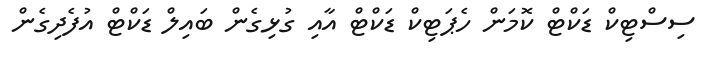
ސިސްޓިކް ޑަކްޓް ކޮމަން ހެޕަޓިކް ޑަކްޓް އާއި ގުޅިގެން ބައިލް ޑަކްޓް އުފެދިގެން